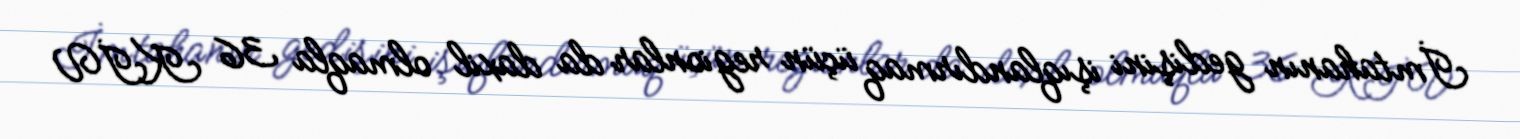
İmtahanın gedişini işıqlandırmaq üçün regionlar da daxil olmaqla 36 KİV